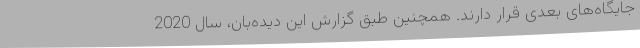
جایگاه‌های بعدی قرار دارند. همچنین طبق گزارش این دیده‌بان، سال 2020